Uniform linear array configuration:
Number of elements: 48
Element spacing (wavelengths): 0.25
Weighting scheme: blackman
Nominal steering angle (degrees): -45
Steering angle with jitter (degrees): -45.568
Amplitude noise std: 0.05
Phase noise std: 0.05

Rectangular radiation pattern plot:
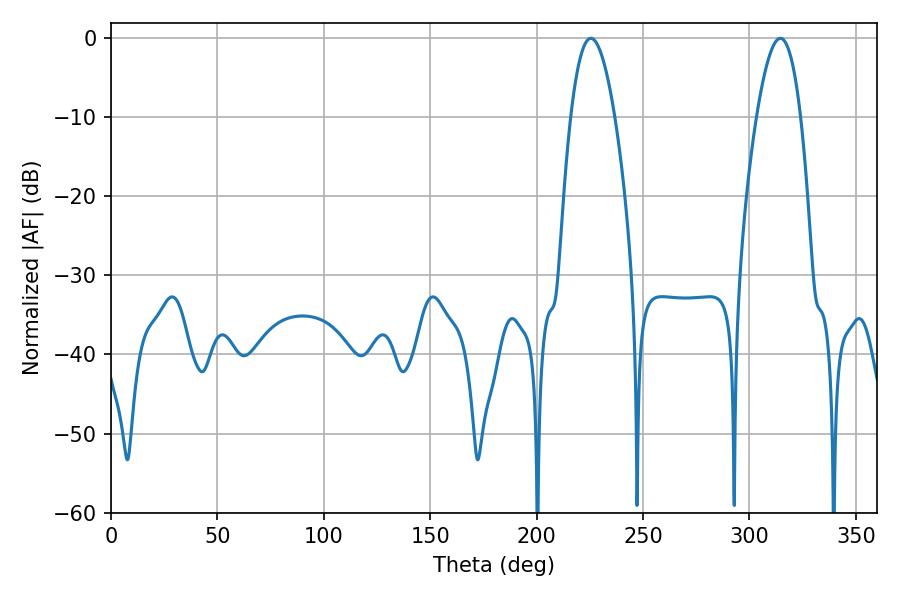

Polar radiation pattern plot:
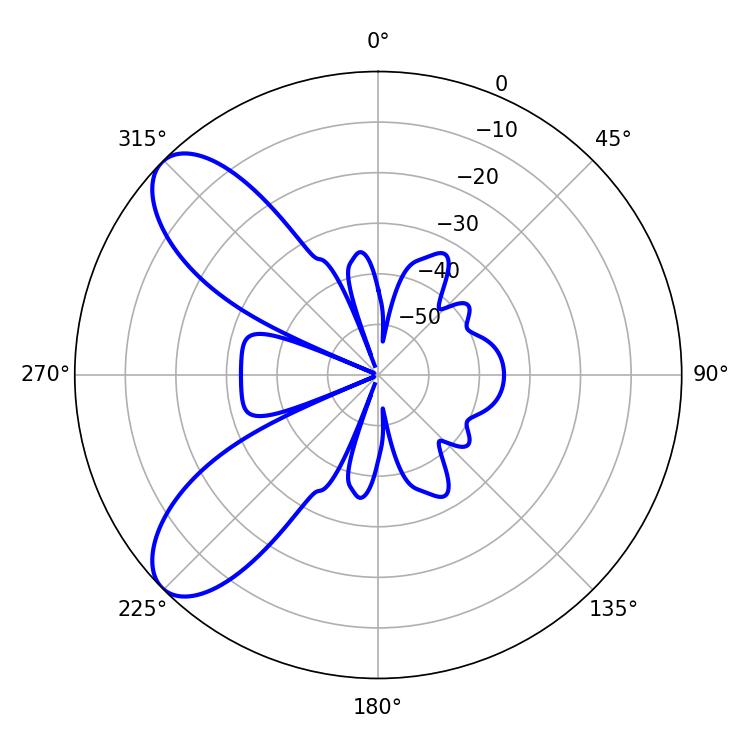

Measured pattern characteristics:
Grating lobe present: FALSE
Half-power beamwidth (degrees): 11.34
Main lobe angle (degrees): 225.54